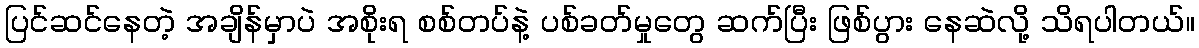
ပြင်ဆင်နေတဲ့ အချိန်မှာပဲ အစိုးရ စစ်တပ်နဲ့ ပစ်ခတ်မှုတွေ ဆက်ပြီး ဖြစ်ပွား နေဆဲလို့ သိရပါတယ်။